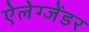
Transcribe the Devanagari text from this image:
ऐलेग्जेंडर